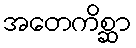
အတေကိစ္ဆာ